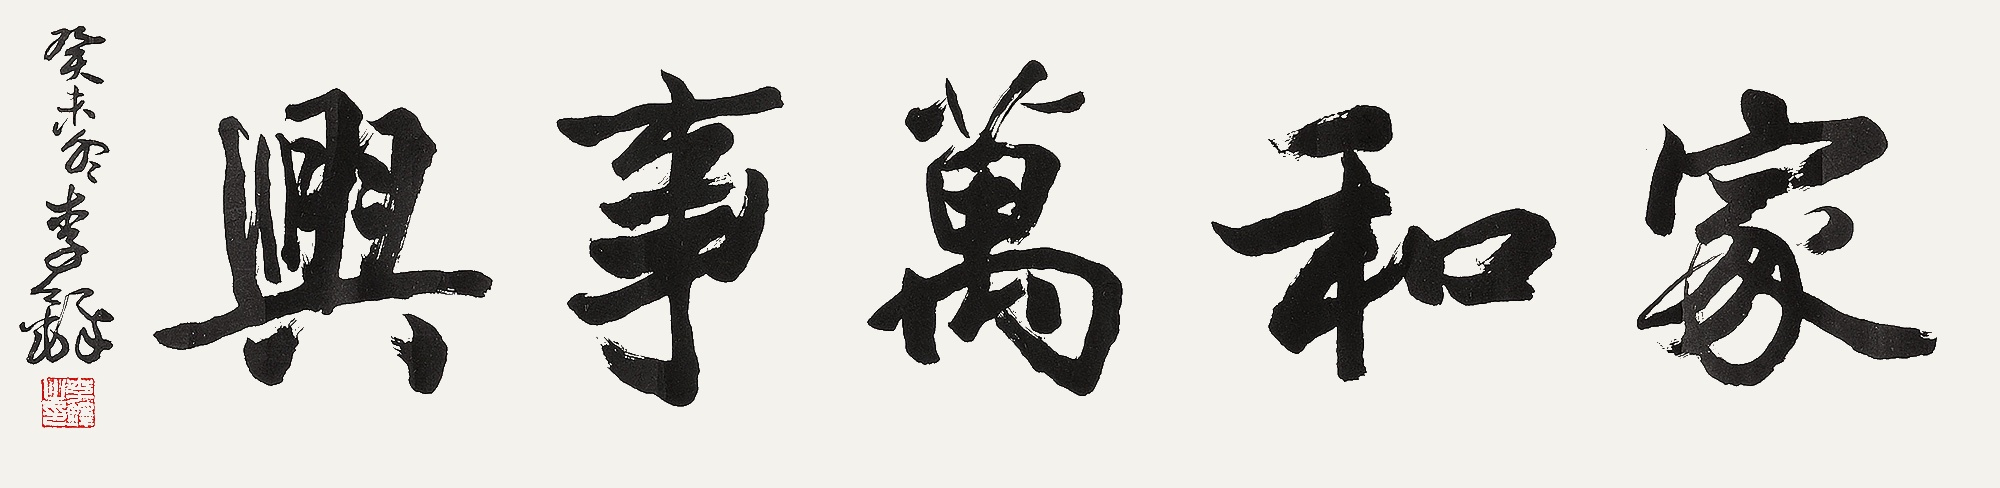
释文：家和万事兴，癸未冬李铎。